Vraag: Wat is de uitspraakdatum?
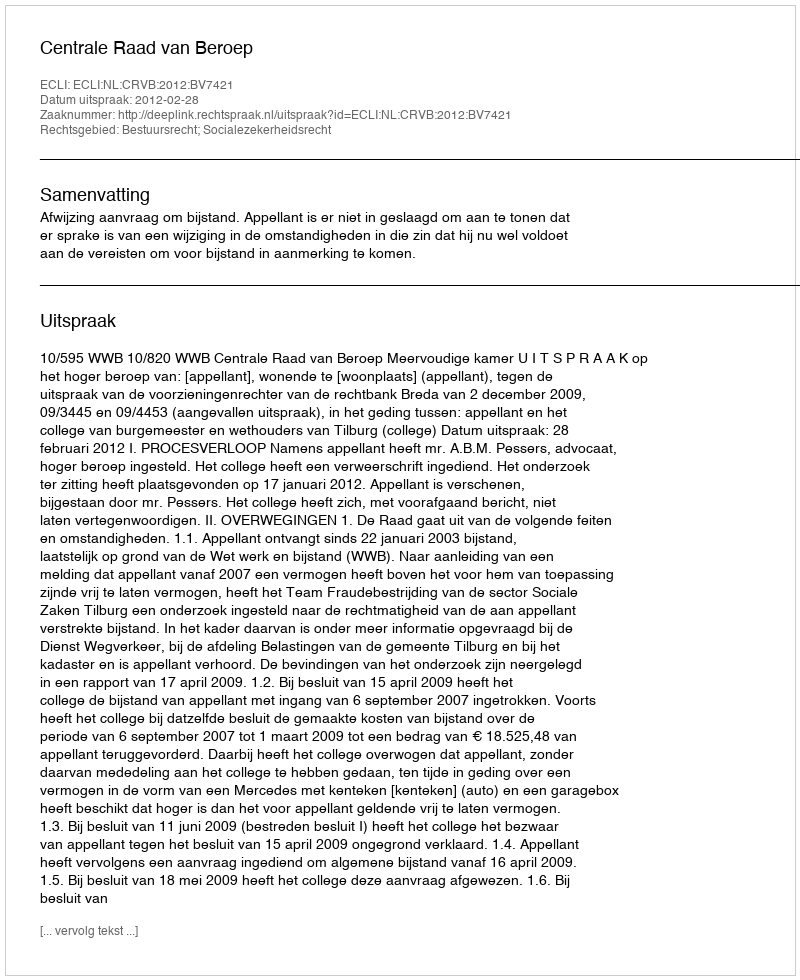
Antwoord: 2012-02-28